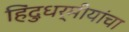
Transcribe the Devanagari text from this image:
हिंदुधर्मीयांचा